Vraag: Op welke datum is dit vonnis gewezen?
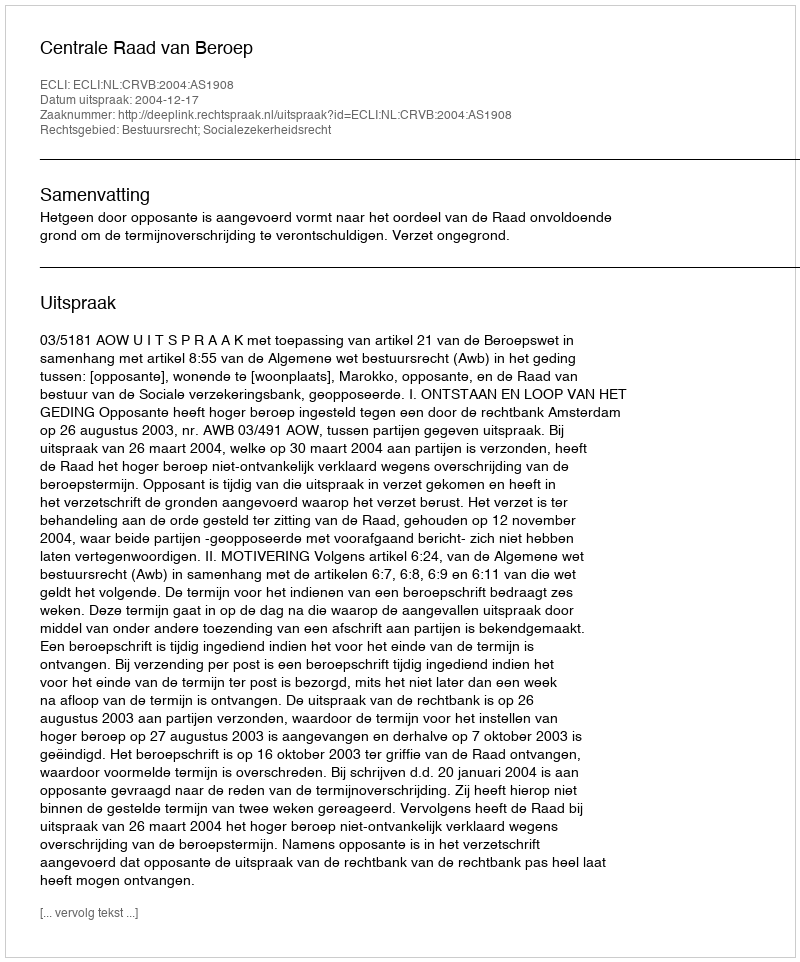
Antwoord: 2004-12-17